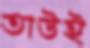
তাউই